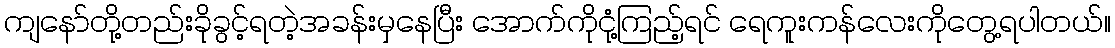
ကျနော်တို့တည်းခိုခွင့်ရတဲ့အခန်းမှနေပြီး အောက်ကိုငုံ့ကြည့်ရင် ရေကူးကန်လေးကိုတွေ့ရပါတယ်။